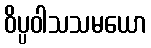
ဝိပ္ပဝါသသမယော